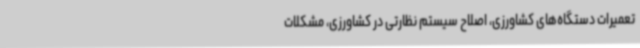
تعمیرات دستگاه‌های کشاورزی، اصلاح سیستم نظارتی در کشاورزی، مشکلات